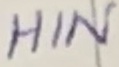
Text: HIN